Report of the Indian Hemp Drugs Commission, 1894-1895 - Volume IV
Year: 1894
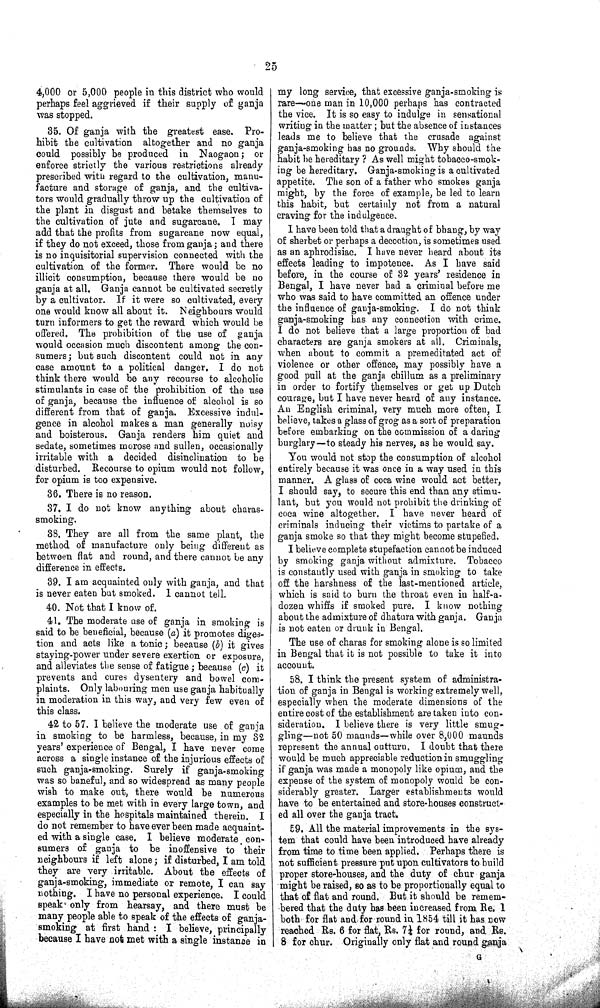
25
4,000 or 5,000 people in this district who would
perhaps feel aggrieved if their supply of ganja
was stopped.
35. Of ganja with the greatest ease. Pro-
hibit the cultivation altogether and no ganja
could possibly be produced in Naogaon; or
enforce strictly the various restrictions already
prescribed with regard to the cultivation, manu-
facture and storage of ganja, and the cultiva-
tors would gradually throw up the cultivation of
the plant in disgust and betake themselves to
the cultivation of jute and sugarcane. I may
add that the profits from sugarcane now equal,
if they do not exceed, those from ganja; and there
is no inquisitorial supervision connected with the
cultivation of the former. There would be no
illicit consumption, because there would be no
ganja at all. Ganja cannot be cultivated secretly
by a cultivator. If it were so cultivated, every
one would know all about it. Neighbours would
turn informers to get the reward which would be
offered. The prohibition of the use of ganja
would occasion much discontent among the con-
sumers; but such discontent could not in any
case amount to a political danger. I do not
think there would be any recourse to alcoholic
stimulants in case of the prohibition of the use
of ganja, because the influence of alcohol is so
different from that of ganja. Excessive indul-
gence in alcohol makes a man generally noisy
and boisterous. Ganja renders him quiet and
sedate, sometimes morose and sullen, occasionally
irritable with a decided disinclination to be
disturbed. Recourse to opium would not follow,
for opium is too expensive.
36. There is no reason.
37. I do not know anything about charas-
smoking.
38. They are all from the same plant, the
method of manufacture only being different as
between flat and round, and there cannot be any
difference in effects.
39. I am acquainted only with ganja, and that
is never eaten but smoked. I cannot tell.
40. Not that I know of.
41. The moderate use of ganja in smoking is
said to be beneficial, because (a) it promotes diges-
tion and acts like a tonic; because (b) it gives
staying-power under severe exertion or exposure,
and alleviates the sense of fatigue; because (c) it
prevents and cures dysentery and bowel com-
plaints. Only labouring men use ganja habitually
in moderation in this way, and very few even of
this class.
42 to 57. I believe the moderate use of ganja
in smoking to be harmless, because, in my 32
years' experience of Bengal, I have never come
across a single instance of the injurious effects of
such ganja-smoking. Surely if ganja-smoking
was so baneful, and so widespread as many people
wish to make out, there would be numerous
examples to be met with in every large town, and
especially in the hospitals maintained therein. I
do not remember to have ever been made acquaint-
ed with a single case. I believe moderate con-
sumers of ganja to be inoffensive to their
neighbours if left alone; if disturbed, I am told
they are very irritable. About the effects of
ganja-smoking, immediate or remote, I can say
nothing. I have no personal experience. I could
speak only from hearsay, and there must be
many people able to speak of the effects of ganja-
smoking at first hand: I believe, principally
because I have not met with a single instance in
my long service, that excessive ganja-smoking is
rare—one man in 10,000 perhaps has contracted
the vice. It is so easy to indulge in sensational
writing in the matter; but the absence of instances
leads me to believe that the crusade against
ganja-smoking has no grounds. Why should the
habit be hereditary? As well might tobacco-smok-
ing be hereditary. Ganja-smoking is a cultivated
appetite. The son of a father who smokes ganja
might, by the force of example, be led to learn
this habit, but certainly not from a natural
craving for the indulgence.
I have been told that a draught of bhang, by way
of sherbet or perhaps a decoction, is sometimes used
as an aphrodisiac. I have never heard about its
effects leading to impotence. As I have said
before, in the course of 32 years' residence in
Bengal, I have never had a criminal before me
who was said to have committed an offence under
the influence of ganja-smoking. I do not think
ganja-smoking has any connection with crime.
I do not believe that a large proportion of bad
characters are ganja smokers at all. Criminals,
when about to commit a premeditated act of
violence or other offence, may possibly have a
good pull at the ganja chillum as a preliminary
in order to fortify themselves or get up Dutch
courage, but I have never heard of any instance.
An English criminal, very much more often, I
believe, takes a glass of grog as a sort of preparation
before embarking on the commission of a daring
burglary—to steady his nerves, as he would say.
You would not stop the consumption of alcohol
entirely because it was once in a way used in this
manner. A glass of coca wine would act better,
I should say, to secure this end than any stimu-
lant, but you would not prohibit the drinking of
coca wine altogether. I have never heard of
criminals inducing their victims to partake of a
ganja smoke so that they might become stupefied.
I believe complete stupefaction cannot be induced
by smoking ganja without admixture. Tobacco
is constantly used with ganja in smoking to take
off the harshness of the last-mentioned article,
which is said to burn the throat even in half-a-
dozen whiffs if smoked pure. I know nothing
about the admixture of dhatura with ganja. Ganja
is not eaten or drunk in Bengal.
The use of charas for smoking alone is so limited
in Bengal that it is not possible to take it into
account.
58. I think the present system of administra-
tion of ganja in Bengal is working extremely well,
especially when the moderate dimensions of the
entire cost of the establishment are taken into con-
sideration. I believe there is very little smug-
gling—not 50 maunds—while over 8,000 maunds
represent the annual outturn. I doubt that there
would be much appreciable reduction in smuggling
if ganja was made a monopoly like opium, and the
expense of the system of monopoly would be con-
siderably greater. Larger establishments would
have to be entertained and store-houses construct-
ed all over the ganja tract.
59. All the material improvements in the sys-
tem that could have been introduced have already
from time to time been applied. Perhaps there is
not sufficient pressure put upon cultivators to build
proper store-houses, and the duty of chur ganja
might be raised, so as to be proportionally equal to
that of flat and round. But it should be remem-
bered that the duty has been increased from Re. 1
both for flat and for round in 1854 till it has now
reached Rs. 6 for flat, Rs. 7 1/4 for round, and Rs.
8 for chur. Originally only flat and round ganja
G